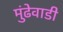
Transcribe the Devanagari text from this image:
मुंढेवाडी